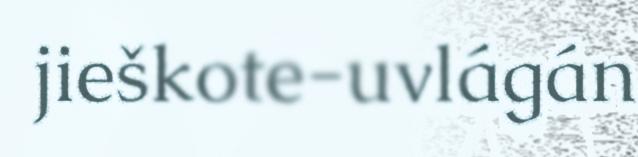
jieškote-uvlágán